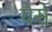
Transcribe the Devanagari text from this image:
येसे